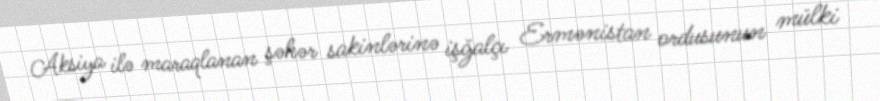
Aksiya ilə maraqlanan şəhər sakinlərinə işğalçı Ermənistan ordusunun mülki